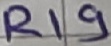
Text: R19